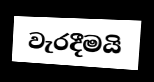
වැරදීමයි